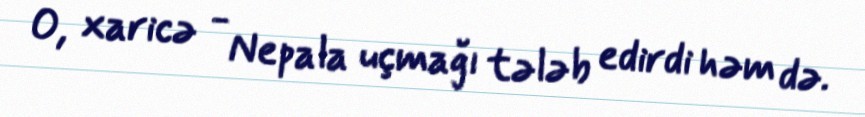
O, xaricə - Nepala uçmağı tələb edirdi həm də.